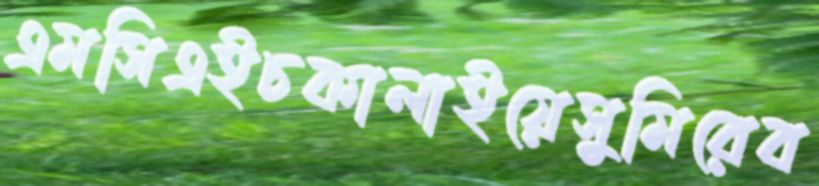
এমসিএইচকালাইয়েসুমিরেব